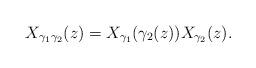
LaTeX: \begin{align*}X_{\gamma_1\gamma_2}(z)=X_{\gamma_1}(\gamma_2(z))X_{\gamma_2}(z). \end{align*}